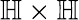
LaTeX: \mathbb{H}\times\mathbb{H}